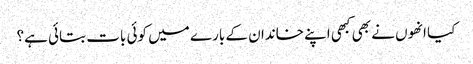
کیا انھوں نے بھی کبھی اپنے خاندان کے بارے میں کوئی بات بتائی ہے؟